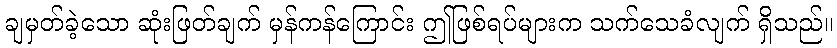
ချမှတ်ခဲ့သော ဆုံးဖြတ်ချက် မှန်ကန်ကြောင်း ဤဖြစ်ရပ်များက သက်သေခံလျက် ရှိသည်။